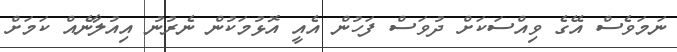
ނަމަވެސް އޭގެ ވިއްސަކަށް ދުވަސް ފަހުން އެއީ އޮޅުމަކުން ނެރުނު އިއުލާނެއް ކަމަށް